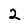
Digit: 2